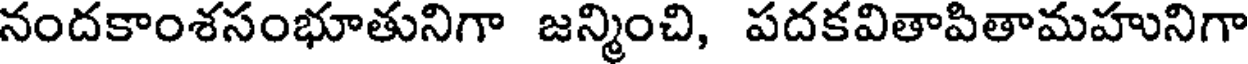
నందకాంశసంభూతునిగా జన్మించి, పదకవితాపితామహునిగా